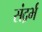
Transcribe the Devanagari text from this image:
संद्रर्भ